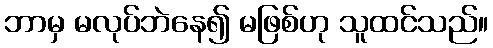
ဘာမှ မလုပ်ဘဲနေ၍ မဖြစ်ဟု သူထင်သည်။